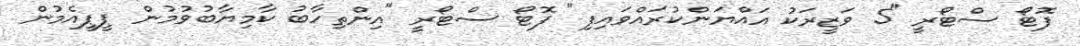
ފޮޓޯ ސްޓޯރީ "5 ވަޒީރަކު އައްޔަންކުރައްވައިފި" ފޮޓޯ ސްޓޯރީ "އިންތިހާބު ކާމިޔާބުވުމުން ޕީޕީއެމުން